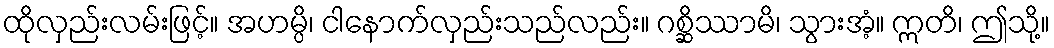
ထိုလှည်းလမ်းဖြင့်။ အဟမ္ပိ၊ ငါနောက်လှည်းသည်လည်း။ ဂစ္ဆိဿာမိ၊ သွားအံ့။ ဣတိ၊ ဤသို့။